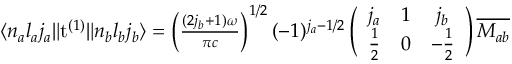
\begin{array} { r } { \langle n _ { a } l _ { a } j _ { a } \| \mathrm { t } ^ { ( 1 ) } \| n _ { b } l _ { b } j _ { b } \rangle = \left( \frac { ( 2 j _ { b } + 1 ) \omega } { \pi c } \right) ^ { 1 / 2 } ( - 1 ) ^ { j _ { a } - 1 / 2 } \left( \begin{array} { c c c } { j _ { a } } & { 1 } & { j _ { b } } \\ { \frac { 1 } { 2 } } & { 0 } & { - \frac { 1 } { 2 } } \end{array} \right) \overline { { M _ { a b } } } } \end{array}